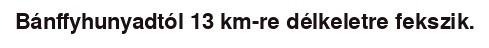
Bánffyhunyadtól 13 km-re délkeletre fekszik.